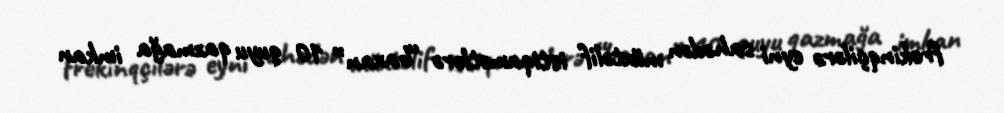
frekinqçilərə eyni sahədən müxtəlif istiqamətlərə “baxan” 10 quyu qazmağa imkan